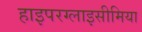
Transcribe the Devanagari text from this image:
हाइपरग्लाइसीमिया